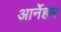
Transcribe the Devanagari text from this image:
आर्नेहम